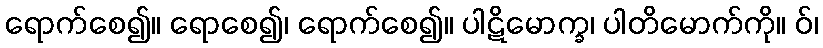
ရောက်စေ၍။ ရောစေ၍၊ ရောက်စေ၍။ ပါဋိမောက္ခ၊ ပါတိမောက်ကို။ ဝ်၊